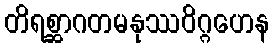
တိရစ္ဆာဂတမနုဿဝိဂ္ဂဟေန